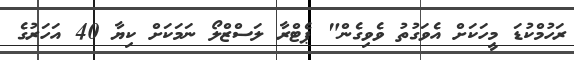
ރަހުމްކުޑަ މީހަކަށް އެވަގުތު ވެވިގެން" ޕެޓްރާ ލަސްޒްލޯ ނަމަކަށް ކިޔާ 40 އަހަރުގެ